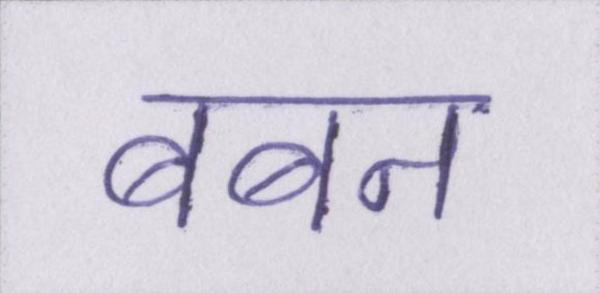
बबन